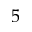
5